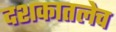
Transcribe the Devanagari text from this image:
दशकातलेच